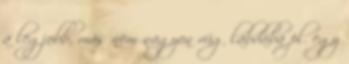
a legjobb, más nem nagyon rúg labdába pl. egy